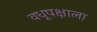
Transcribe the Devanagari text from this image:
वधूपक्षाला